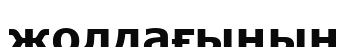
жолдағының